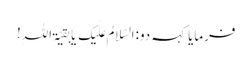
فرمایا کہہ دو:السَّلامُ عَلَیکَ یَا بَقیَّۃَ اللہِ!